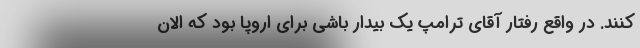
کنند. در واقع رفتار آقای ترامپ یک بیدار باشی برای اروپا بود که الان